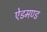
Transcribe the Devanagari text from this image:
ऐडमण्ड